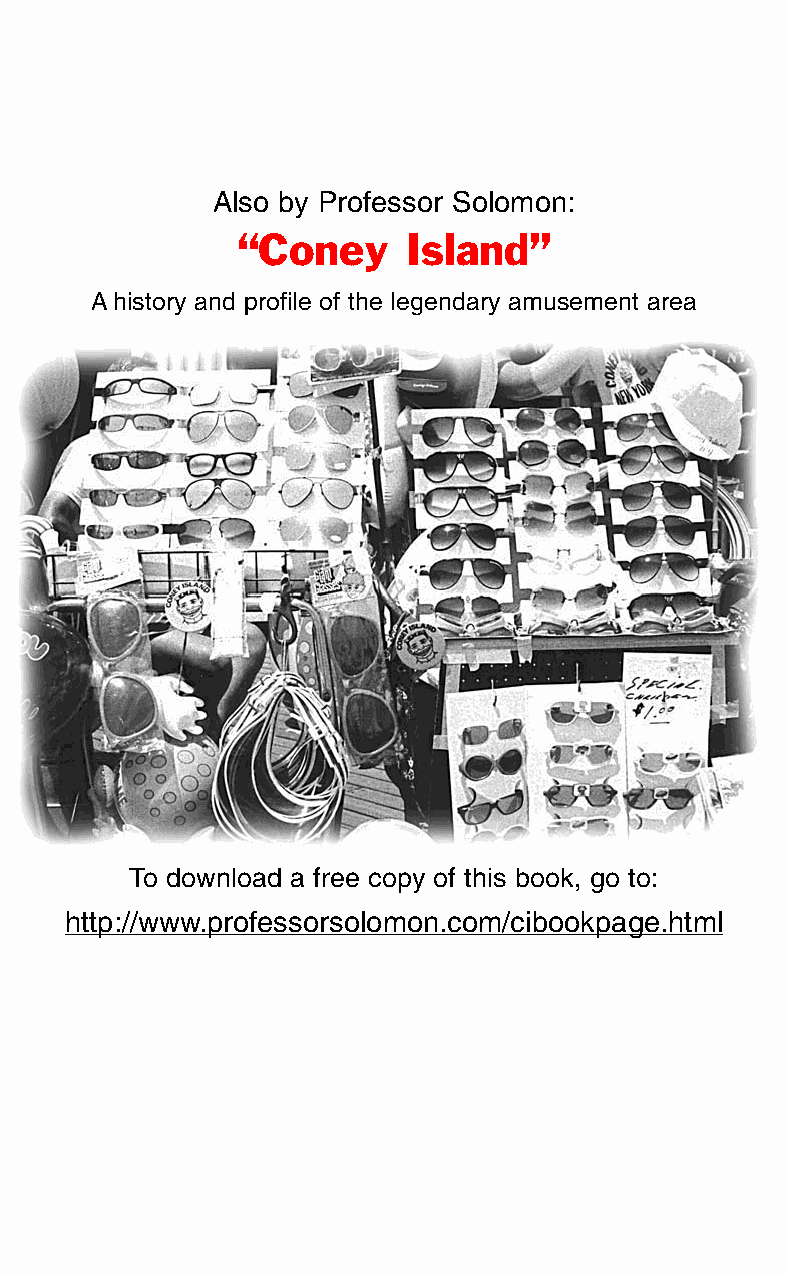
Also by Professor Solomon:
 “Coney     Island”
 A history and profile of the legendary amusement area
 To download a free copy of this book, go to:
 http://www.professorsolomon.com/cibookpage.html